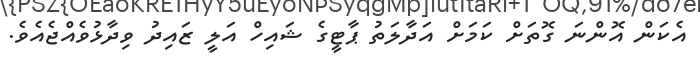
އެކަން އޮންނަ ގޮތަށް ކަމަށް އަދާލަތު ޕާޓީގެ ޝައިހް އަލީ ޒައިދު ވިދާޅުވެއްޖެއެވެ.